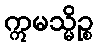
ဣမသ္မိဉ္စ